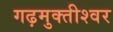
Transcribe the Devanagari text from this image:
गढ़मुक्तीश्वर